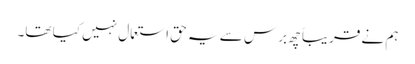
ہم نے قریباً چھ برس سے یہ حق استعمال نہیں کیا تھا۔